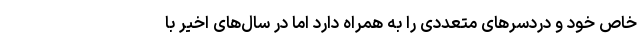
خاص خود و دردسرهای متعددی را به همراه دارد اما در سال‌های اخیر با